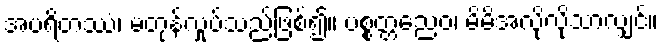
အပရိတဿံ၊ မတုန်လှုပ်သည်ဖြစ်၍။ ပစ္စတ္တညေဝ၊ မိမိအလိုလိုသာလျှင်။